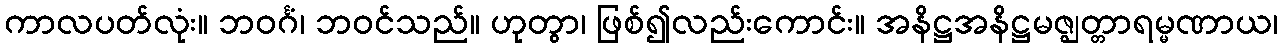
ကာလပတ်လုံး။ ဘဝင်္ဂံ၊ ဘဝင်သည်။ ဟုတွာ၊ ဖြစ်၍လည်းကောင်း။ အနိဋ္ဌအနိဋ္ဌမဇ္ဈတ္တာရမ္မဏာယ၊